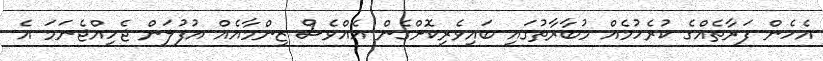
އެހެން ފަރާތެއްގެ ކުރެހުމެއް މުބާރާތުގައި ބައިވެރިކޮށްގެން އެއްވެސް ޒިންމާއެއް އުފުލަން ޖެހިއްޖެނަމަ އެ